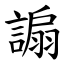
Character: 謆